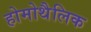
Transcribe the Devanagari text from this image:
होमोथैलिक